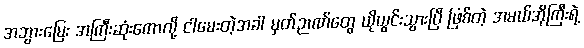
အဘွားမြေး အကြီးဆုံးကောလို့ ငါမေးတဲ့အခါ မှတ်ဉာဏ်တွေ ယိုယွင်းသွားပြီ ဖြစ်တဲ့ အမယ်အိုကြီးရဲ့